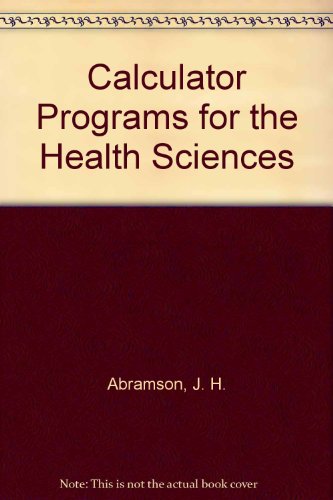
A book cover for Calculator Programs for the Health Sciences; J. H. Abramson; Medical Books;